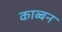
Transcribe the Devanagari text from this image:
काब्बन